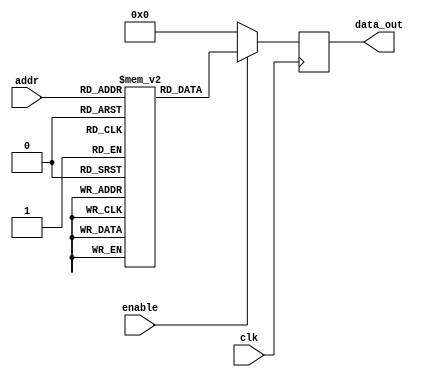
module Parameterized_ROM #(
    parameter DATA_WIDTH = 8,    // Width of the data in bits
    parameter ADDR_WIDTH = 8,    // Number of bits for the address
    parameter MEM_SIZE = (1 << ADDR_WIDTH) // Total memory size based on address width
)(
    input wire [ADDR_WIDTH-1:0] addr,  // Address input
    input wire clk,                     // Clock input
    input wire enable,                  // Enable signal
    output reg [DATA_WIDTH-1:0] data_out // Data output
);

// Memory array initialization
reg [DATA_WIDTH-1:0] memory [0:MEM_SIZE-1];

// Initialize the memory contents (can be modified based on needs)
initial begin
    // Example initialization of the ROM with some values
    memory[0] = 8'd0;
    memory[1] = 8'd1;
    memory[2] = 8'd2;
    memory[3] = 8'd3;
    memory[4] = 8'd4;
    // Fill in the rest of the memory as needed..
    // The actual initialization can also be done through a file
    // $readmemh("my_rom_init.hex", memory); // Uncomment to load from a hex file
end

// Read data from ROM on enable signal and posedge of the clock
always @(posedge clk) begin
    if (enable) begin
        data_out <= memory[addr]; // Read operation
    end else begin
        data_out <= 'b0; // Optionally return zero or hold previous value if not enabled
    end
end

endmodule